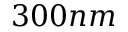
3 0 0 n m